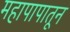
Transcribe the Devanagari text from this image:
महापापातून